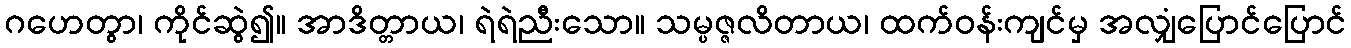
ဂဟေတွာ၊ ကိုင်ဆွဲ၍။ အာဒိတ္တာယ၊ ရဲရဲညီးသော။ သမ္ပဇ္ဇလိတာယ၊ ထက်ဝန်းကျင်မှ အလျှံပြောင်ပြောင်